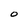
Character: O